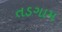
તડગામ